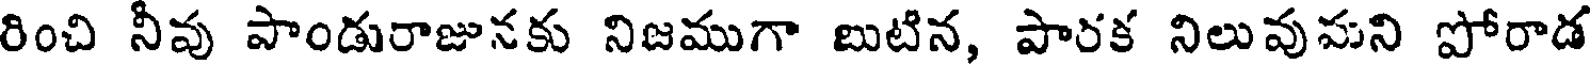
రించి నీవు పాండురాజునకు నిజముగా బుటిన, పారక నిలువుపని పోరాడ